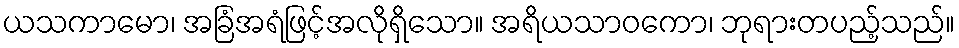
ယသကာမော၊ အခြံအရံဖြင့်အလိုရှိသော။ အရိယသာဝကော၊ ဘုရားတပည့်သည်။